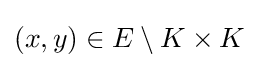
(x,y)\in E\setminus K\times K